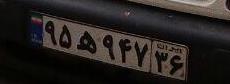
۹۵ه۹۴۷۳۶